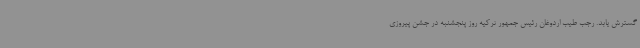
گسترش یابد. رجب طیب اردوغان رئیس جمهور ترکیه روز پنجشنبه در جشن پیروزی